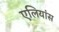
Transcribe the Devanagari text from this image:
एलियांस